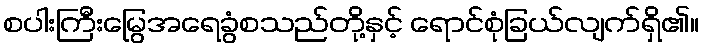
စပါးကြီးမြွေအရေခွံစသည်တို့နှင့် ရောင်စုံခြယ်လျက်ရှိ၏။